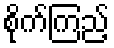
စိုက်ကြည့်